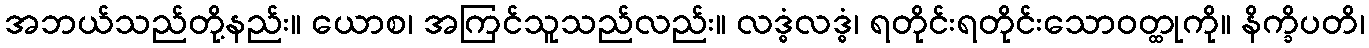
အဘယ်သည်တို့နည်း။ ယောစ၊ အကြင်သူသည်လည်း။ လဒ္ဓံလဒ္ဓံ၊ ရတိုင်းရတိုင်းသောဝတ္ထုကို။ နိက္ခိပတိ၊